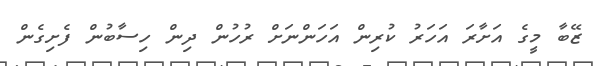
ޒޭބާ މީގެ އަށާރަ އަހަރު ކުރިން އަހަންނަށް ރުހުން ދިން ހިސާބުން ފެށިގެން